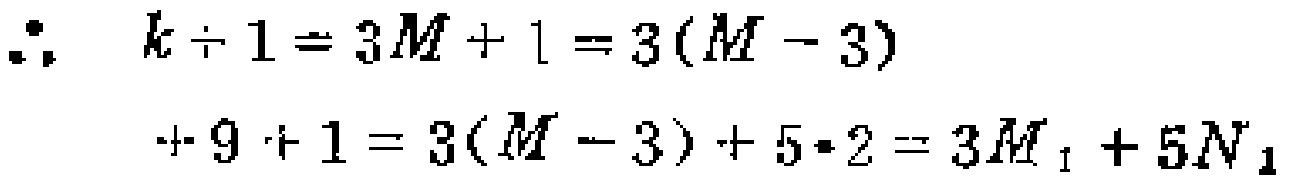
\[\begin{align*}

\therefore\quad k + 1&= 3M + 1=3(M - 3)\\

+9 + 1&=3(M - 3)+5\times2 = 3M_{1}+5N_{1}

\end{align*}\]